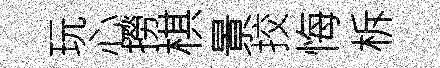
玩心撈棋㬌挍悔柝